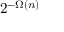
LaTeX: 2 ^ { - \Omega ( n ) }